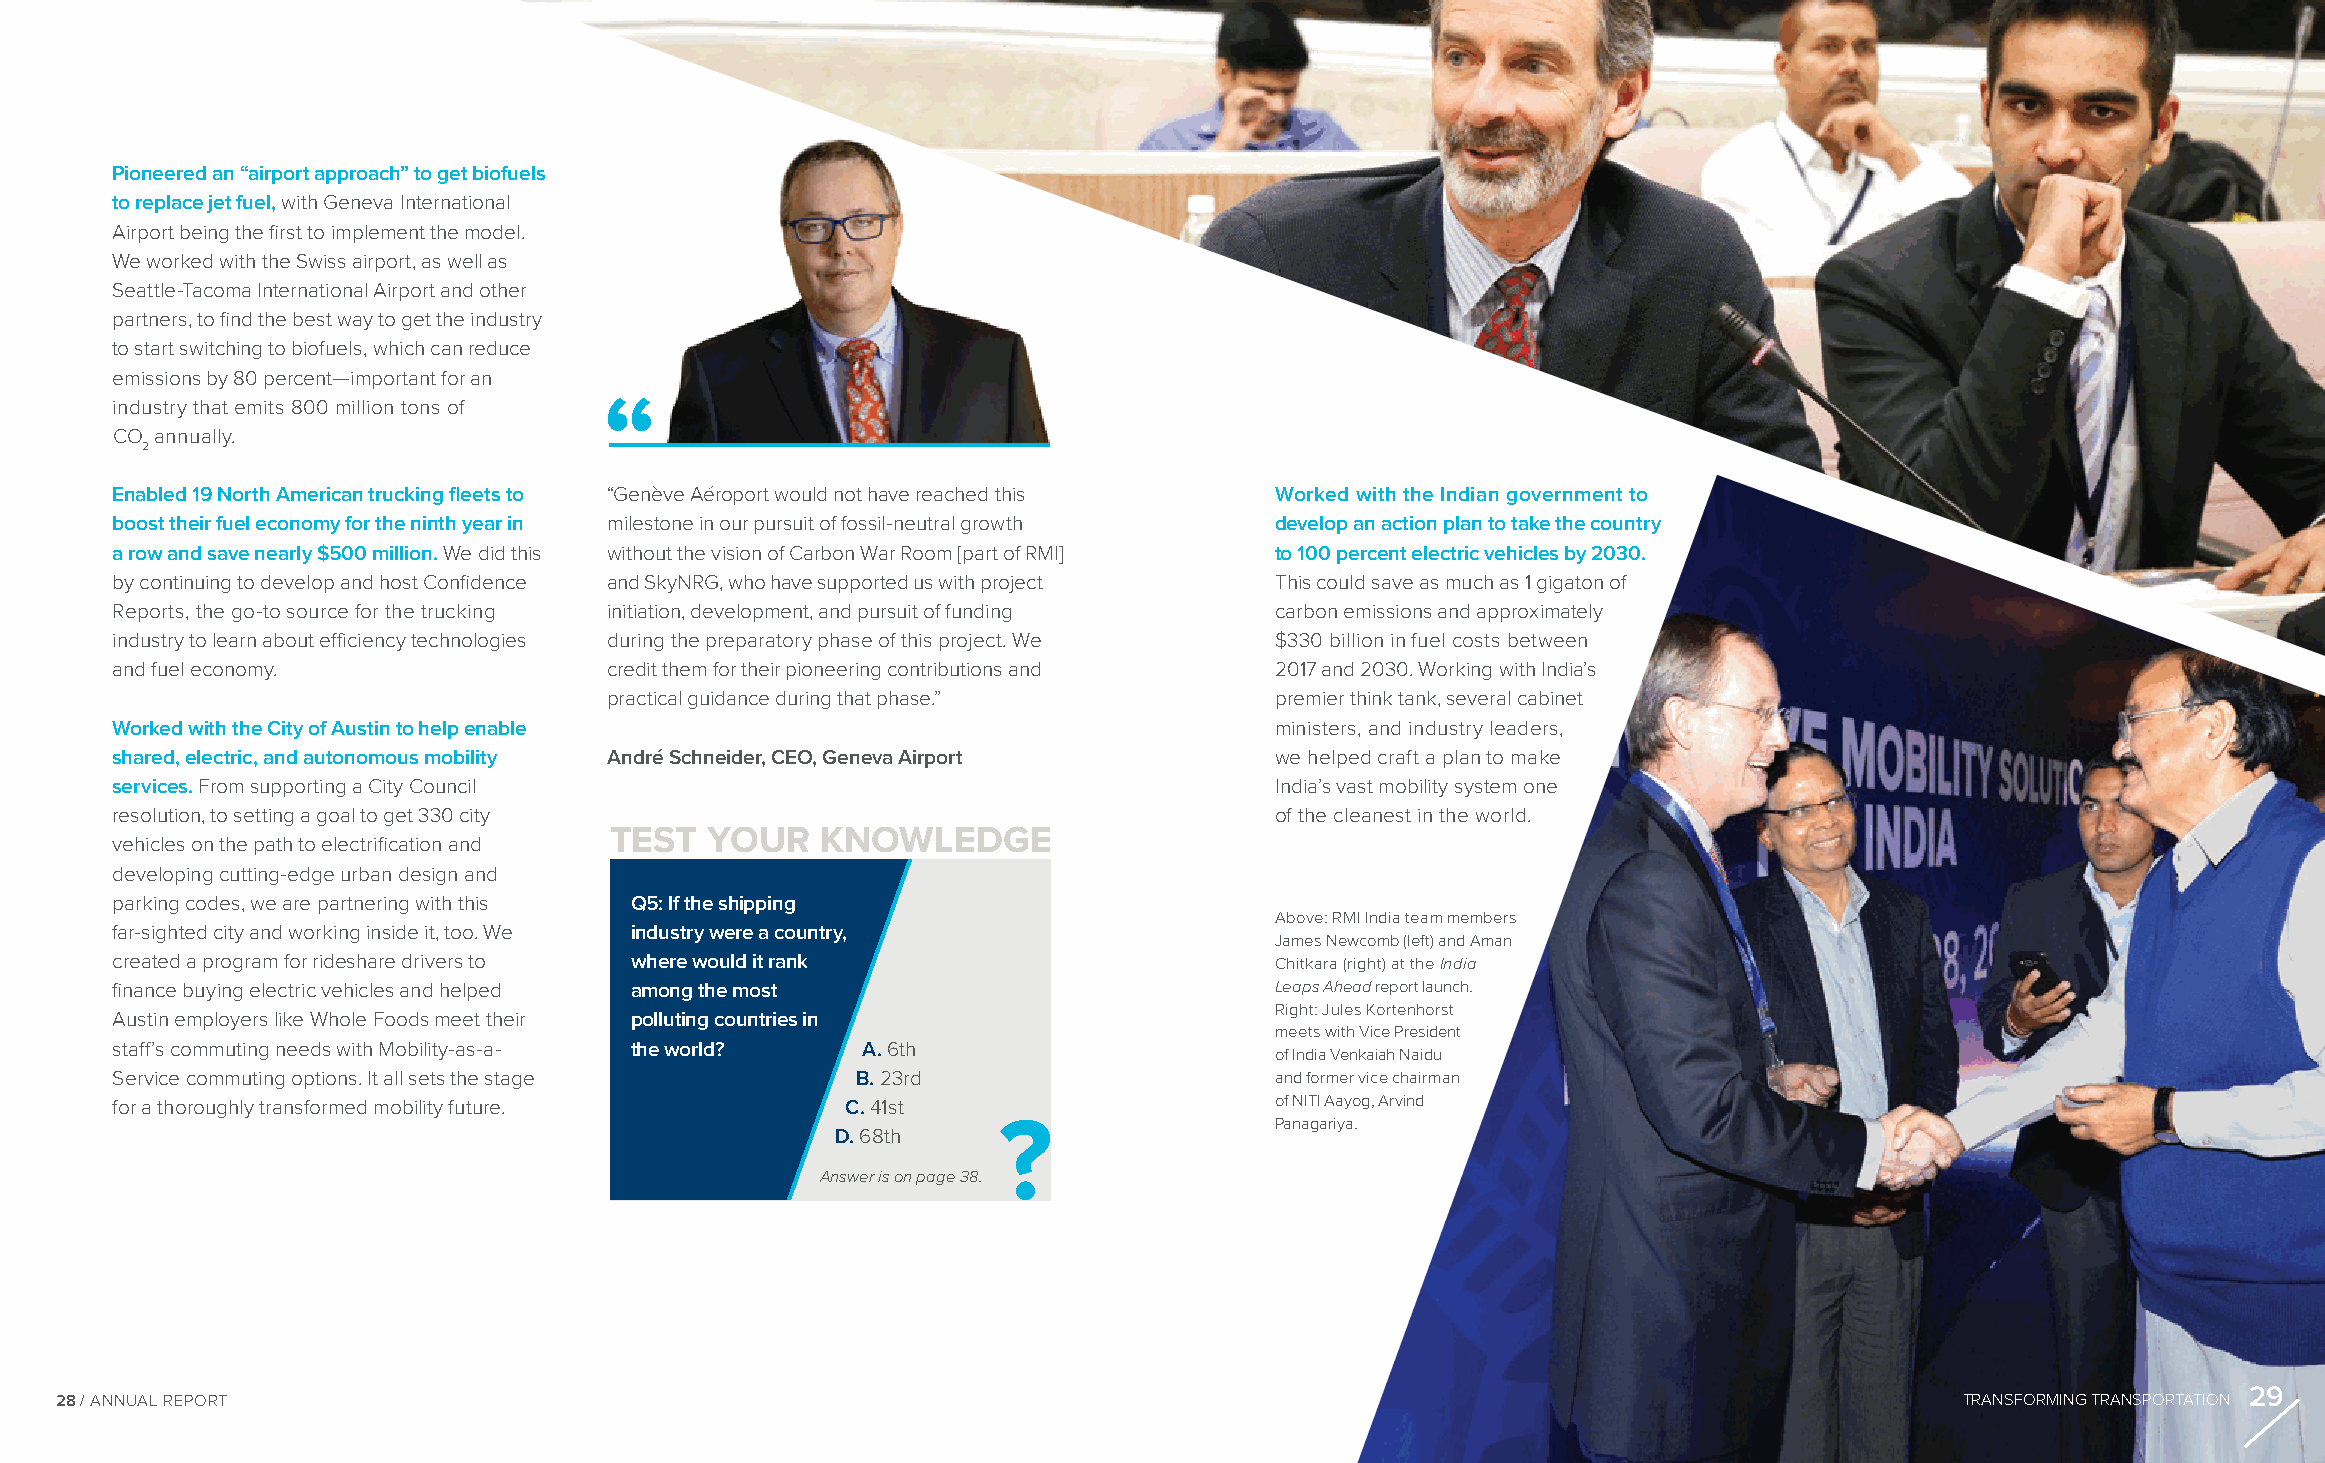
Pioneered an “airport approach” to get biofuels
 to replace jet fuel, with Geneva International
 Airport being the first to implement the model.
 We worked with the Swiss airport, as well as
 Seattle-Tacoma International Airport and other
 partners, to find the best way to get the industry
 to start switching to biofuels, which can reduce
 emissions by 80 percent—important for an
 industry that emits 800 million tons of “
 CO annually.
 2
 Enabled 19 North American trucking fleets to “Genève Aéroport would not have reached this Worked with the Indian government to
 boost their fuel economy for the ninth year in milestone in our pursuit of fossil-neutral growth develop an action plan to take the country
 a row and save nearly $500 million. We did this without the vision of Carbon War Room [part of RMI] to 100 percent electric vehicles by 2030.
 by continuing to develop and host Confidence and SkyNRG, who have supported us with project This could save as much as 1 gigaton of
 Reports, the go-to source for the trucking initiation, development, and pursuit of funding carbon emissions and approximately
 industry to learn about efficiency technologies during the preparatory phase of this project. We $330 billion in fuel costs between
 and fuel economy.                credit them for their pioneering contributions and 2017 and 2030. Working with India’s
 practical guidance during that phase.”      premier think tank, several cabinet
 Worked with the City of Austin to help enable                                ministers, and industry leaders,
 shared, electric, and autonomous mobility André Schneider, CEO, Geneva Airport we helped craft a plan to make
 services. From supporting a City Council                                     India’s vast mobility system one
 resolution, to setting a goal to get 330 city                                of the cleanest in the world.
 TEST   YOUR   KNOWLEDGE
 vehicles on the path to electrification and
 developing cutting-edge urban design and
 parking codes, we are partnering with this Q5: If the shipping
 Above: RMI India team members
 far-sighted city and working inside it, too. We industry were a country,
 James Newcomb (left) and Aman
 created a program for rideshare drivers to where would it rank               Chitkara (right) at the India
 finance buying electric vehicles and helped among the most                   Leaps Ahead report launch.
 Right: Jules Kortenhorst
 Austin employers like Whole Foods meet their polluting countries in
 meets with Vice President
 staff’s commuting needs with Mobility-as-a- the world? A. 6th
 of India Venkaiah Naidu
 Service commuting options. It all sets the stage  B. 23rd                    and former vice chairman
 for a thoroughly transformed mobility future.    C. 41st                     of NITI Aayog, Arvind
 ?                 Panagariya.
 D. 68th
 Answer is on page 38.
 29
 28 / ANNUAL REPORT                                                                                                            TRANSFORMING TRANSPORTATION